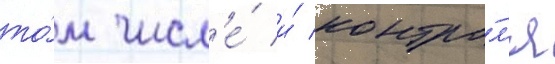
то́м числ'е́ и́ контро́л'я